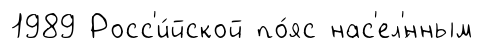
1989 Росс'и́йской по́яс нас'ел'́нным